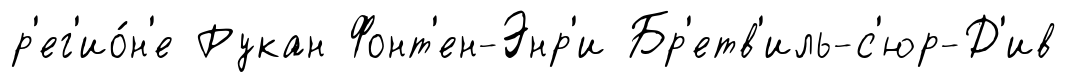
р'ег'ио́н'е Рукан Фонт'ен-Энр'и Бр'етв'иль-с'юр-Д'ив